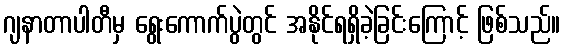
ဂျနာတာပါတီမှ ရွေးကောက်ပွဲတွင် အနိုင်ရရှိခဲ့ခြင်းကြောင့် ဖြစ်သည်။